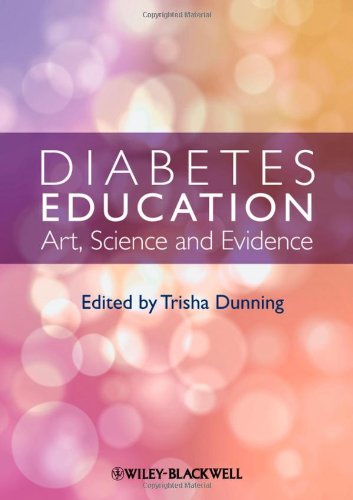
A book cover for Diabetes Education: Art, Science and Evidence; Medical Books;